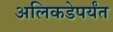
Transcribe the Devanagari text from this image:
अलिकडेपर्यंत